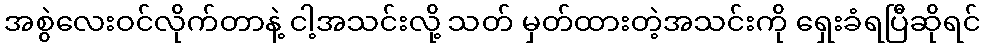
အစွဲလေးဝင်လိုက်တာနဲ့ ငါ့အသင်းလို့ သတ် မှတ်ထားတဲ့အသင်းကို ရှေးခံရပြီဆိုရင်